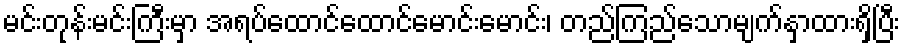
မင်းတုန်းမင်းကြီးမှာ အရပ်ထောင်ထောင်မောင်းမောင်း၊ တည်ကြည်သောမျက်နှာထားရှိပြီး